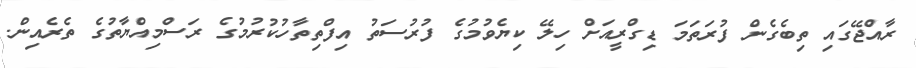
ރާއްޖޭގައި ތިބެގެން ފުރަތަމަ ޑިގްރީއަށް ހިލޭ ކިޔެވުމުގެ ފުރުސަތު އިފްތިތާހުކުރުމުގެ ރަސްމިއްޔާތުގެ ތެރެއިން.